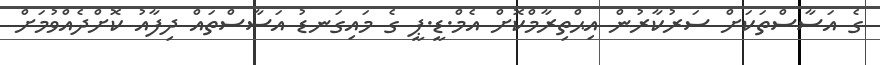
ގެ އަސާސްތަކަށް ސަރުކާރުން އިޙްތިރާމްކޮށް އެމް.ޑީ.ޕީ ގެ މައިގަނޑު އަސާސްތައް ދިފާއު ކޮށްދެއްވުމަށް